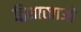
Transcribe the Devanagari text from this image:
द्विशाखाओं